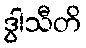
ဒွါသီတိ